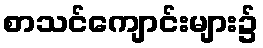
စာသင်ကျောင်းများ၌